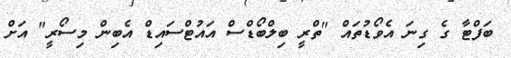
ބަފްޓާ ގެ ގިނަ އެވޯޑުތައް "ތްރީ ބިލްބޯޑްސް އައުޓްސައިޑް އެބިން މިސޯރީ" އަށް